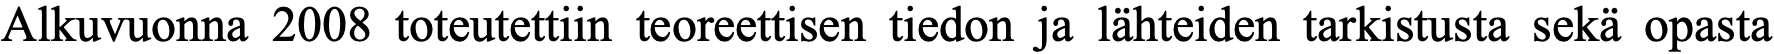
Alkuvuonna 2008 toteutettiin teoreettisen tiedon ja lähteiden tarkistusta sekä opasta